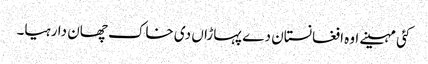
کئی مہینے اوہ افغانستان دے پہاڑاں دی خاک چھان دا رہیا۔